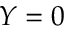
Y = 0